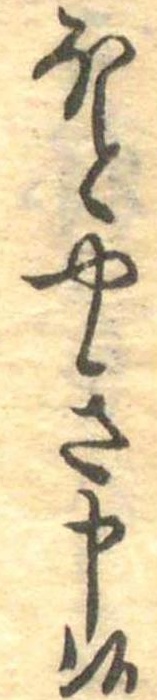
ほとやき申候